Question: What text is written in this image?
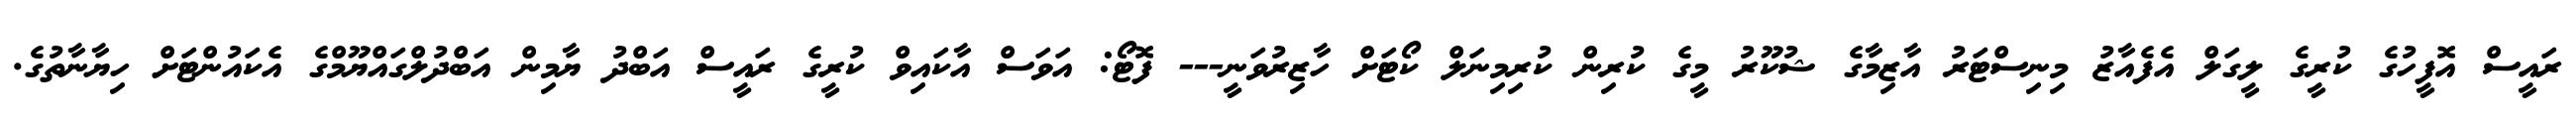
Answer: ރައީސް އޮފީހުގެ ކުރީގެ ލީގަލް އެފެއާޒު މިނިސްޓަރު އާޒިމާގެ ޝުކޫރު މީގެ ކުރިން ކުރިމިނަލް ކޯޓަށް ހާޒިރުވަނީ--- ފޮޓޯ: އަވަސް އާކައިވް ކުރީގެ ރައީސް އަބްދު ޔާމިން އަބްދުލްގައްޔޫމްގެ އެކައުންޓަށް ހިޔާނާތުގެ.